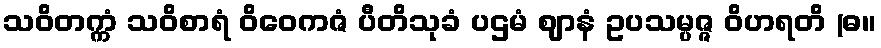
သဝိတက္ကံ သဝိစာရံ ဝိဝေကဇံ ပီတိသုခံ ပဌမံ ဈာနံ ဥပသမ္ပဇ္ဇ ဝိဟရတိ (ဓ။